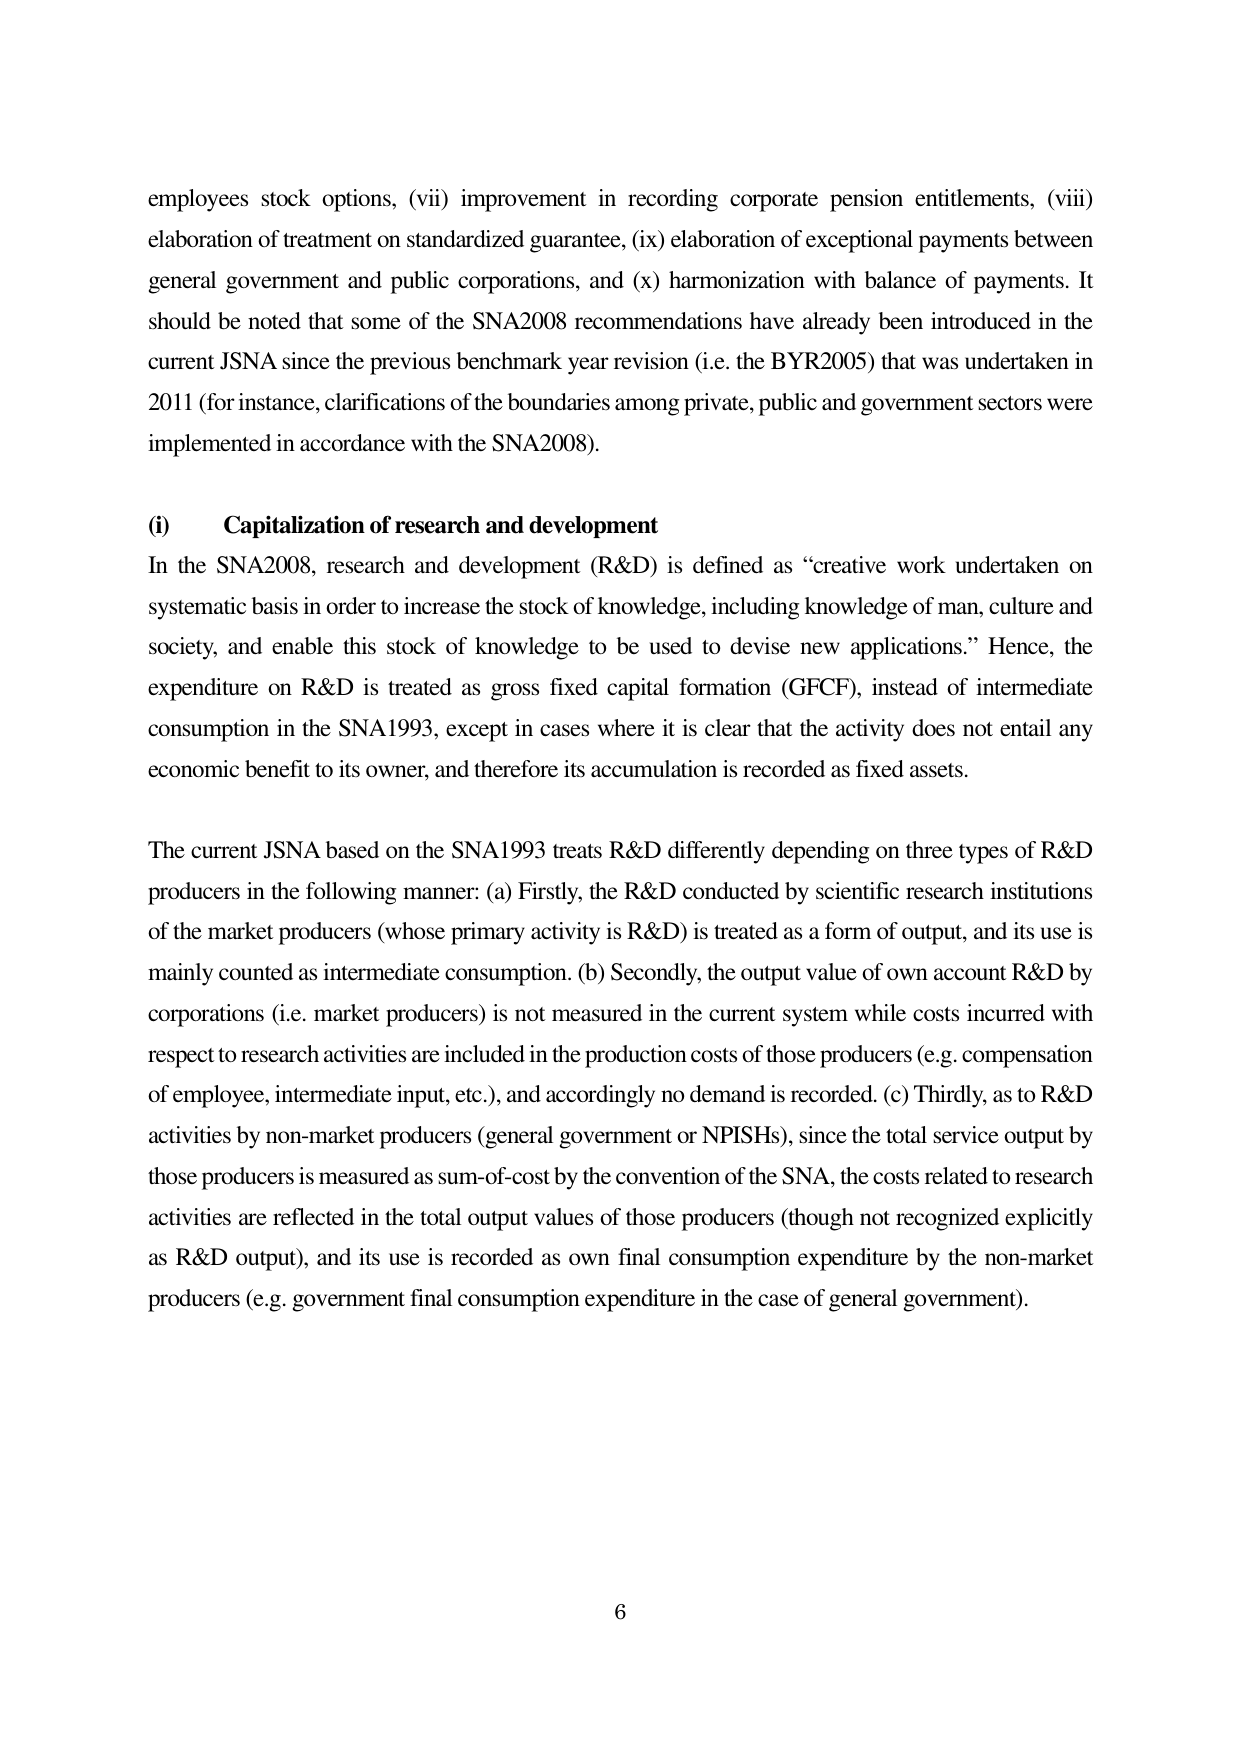
employees stock options, (vii) improvement in recording corporate pension entitlements, (viii) elaboration of treatment on standardized guarantee, (ix) elaboration of exceptional payments between general government and public corporations, and (x) harmonization with balance of payments. It should be noted that some of the SNA2008 recommendations have already been introduced in the current JSNA since the previous benchmark year revision (i.e. the BYR2005) that was undertaken in 2011 (for instance, clarifications of the boundaries among private, public and government sectors were implemented in accordance with the SNA2008).

(i) Capitalization of research and development
In the SNA2008, research and development (R&D) is defined as “creative work undertaken on systematic basis in order to increase the stock of knowledge, including knowledge of man, culture and society, and enable this stock of knowledge to be used to devise new applications.” Hence, the expenditure on R&D is treated as gross fixed capital formation (GFCF), instead of intermediate consumption in the SNA1993, except in cases where it is clear that the activity does not entail any economic benefit to its owner, and therefore its accumulation is recorded as fixed assets.

The current JSNA based on the SNA1993 treats R&D differently depending on three types of R&D producers in the following manner: (a) Firstly, the R&D conducted by scientific research institutions of the market producers (whose primary activity is R&D) is treated as a form of output, and its use is mainly counted as intermediate consumption. (b) Secondly, the output value of own account R&D by corporations (i.e. market producers) is not measured in the current system while costs incurred with respect to research activities are included in the production costs of those producers (e.g. compensation of employee, intermediate input, etc.), and accordingly no demand is recorded. (c) Thirdly, as to R&D activities by non-market producers (general government or NPISHs), since the total service output by those producers is measured as sum-of-cost by the convention of the SNA, the costs related to research activities are reflected in the total output values of those producers (though not recognized explicitly as R&D output), and its use is recorded as own final consumption expenditure by the non-market producers (e.g. government final consumption expenditure in the case of general government).

6